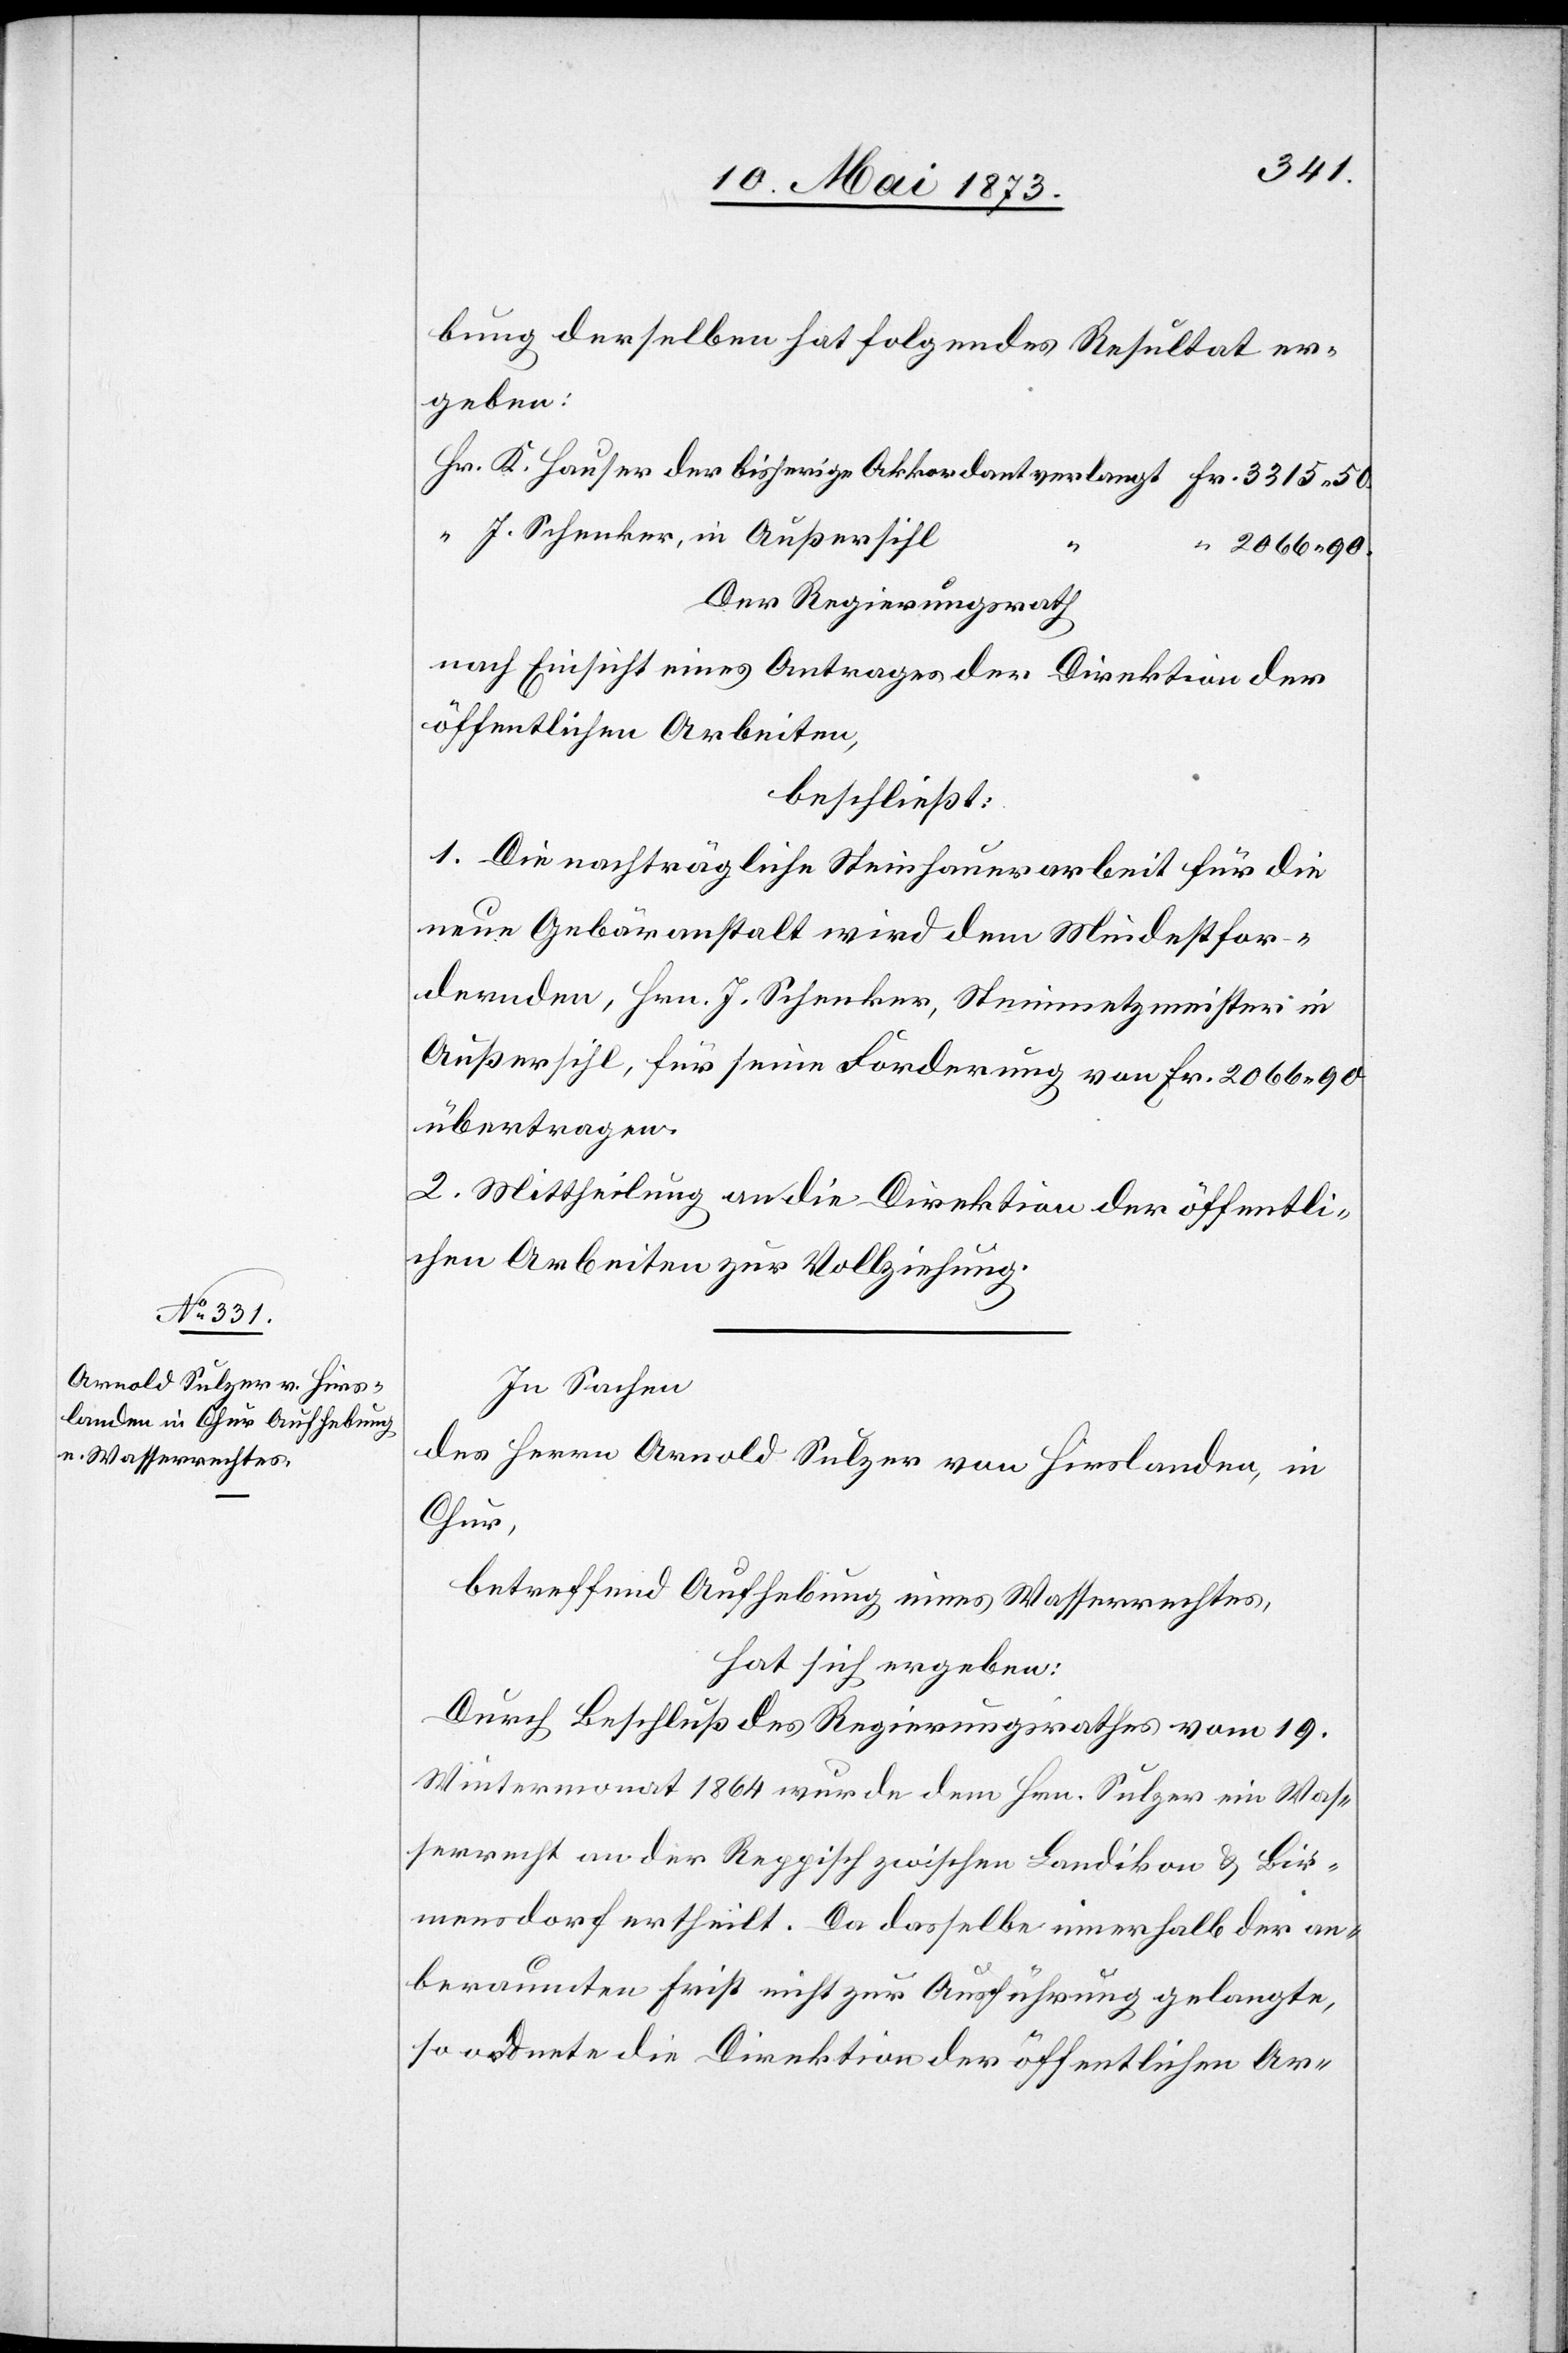
3 315
bung derselben hat folgendes Resultat er¬
geben:
J. Schenker, in Außersihl
“
2 066 90.
Der Regierungsrath
nach Einsicht eines Antrages der Direktion der
öffentlichen Arbeiten,
beschließt:
1. Die nachträgliche Steinhauerarbeit für die
neue Gebäranstalt wird dem Mindestfor¬
dernden, Hrn. J. Schenker, Steinmetzmeister in
Außersihl, für seine Forderung von Fr. 2 066 90
übertragen.
2. Mittheilung an die Direktion der öffentli¬
chen Arbeiten zur Vollziehung.
In Sachen
des Herrn Arnold Sulzer von Hirslanden, in
Chur,
betreffend Aufhebung eines Wasserrechtes,
hat sich ergeben:
Durch Beschluß des Regierungsrathes vom 19.
Wintermonat 1864 wurde dem Hrn. Sulzer ein Wass¬
errecht an der Reppisch zwischen Landikon & Bir¬
mensdorf ertheilt. Da dasselbe innerhalb der an¬
beraumten Frist nicht zur Ausführung gelangte,
so ordnete die Direktion der öffentlichen Ar-